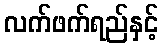
လက်ဖက်ရည်နှင့်